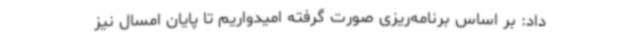
داد: ‌بر اساس برنامه‌ریزی صورت گرفته امیدواریم تا پایان امسال نیز